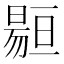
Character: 𱢡